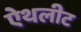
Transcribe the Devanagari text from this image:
ऐथलीट